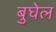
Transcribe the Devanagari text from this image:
बुघेल